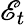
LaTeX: \mathscr{E}_{t}